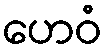
ဟေဝံ